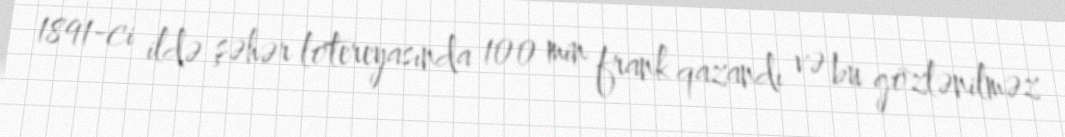
1891-ci ildə şəhər lotereyasında 100 min frank qazandı və bu gözlənilməz